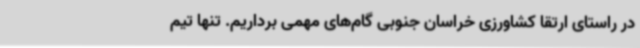
در راستای ارتقا کشاورزی خراسان جنوبی گام‌های مهمی برداریم. تنها تیم